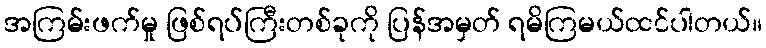
အကြမ်းဖက်မှု ဖြစ်ရပ်ကြီးတစ်ခုကို ပြန်အမှတ် ရမိကြမယ်ထင်ပါတယ်။